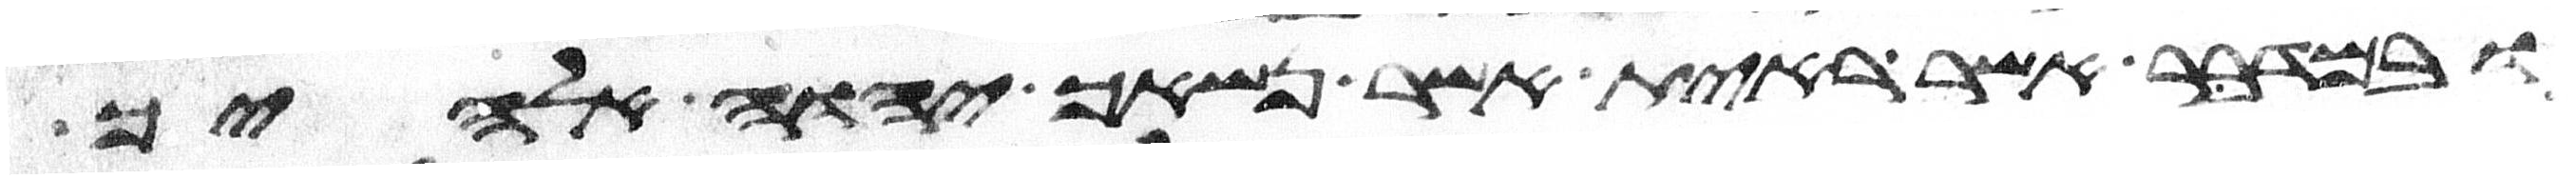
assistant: ובמדבר אשר ראית אשר נשאך יהוה אלהיך